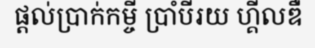
ផ្តល់ប្រាក់កម្ចី ប្រាំបីរយ ហ្គីលឌឺ